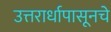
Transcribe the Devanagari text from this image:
उत्तरार्धापासूनचे